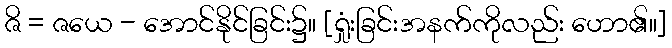
ဇိ = ဇယေ - အောင်နိုင်ခြင်း၌။ [ရှုံးခြင်းအနက်ကိုလည်း ဟော၏။]